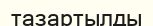
тазартылды